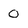
Character: 0